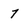
Character: 7